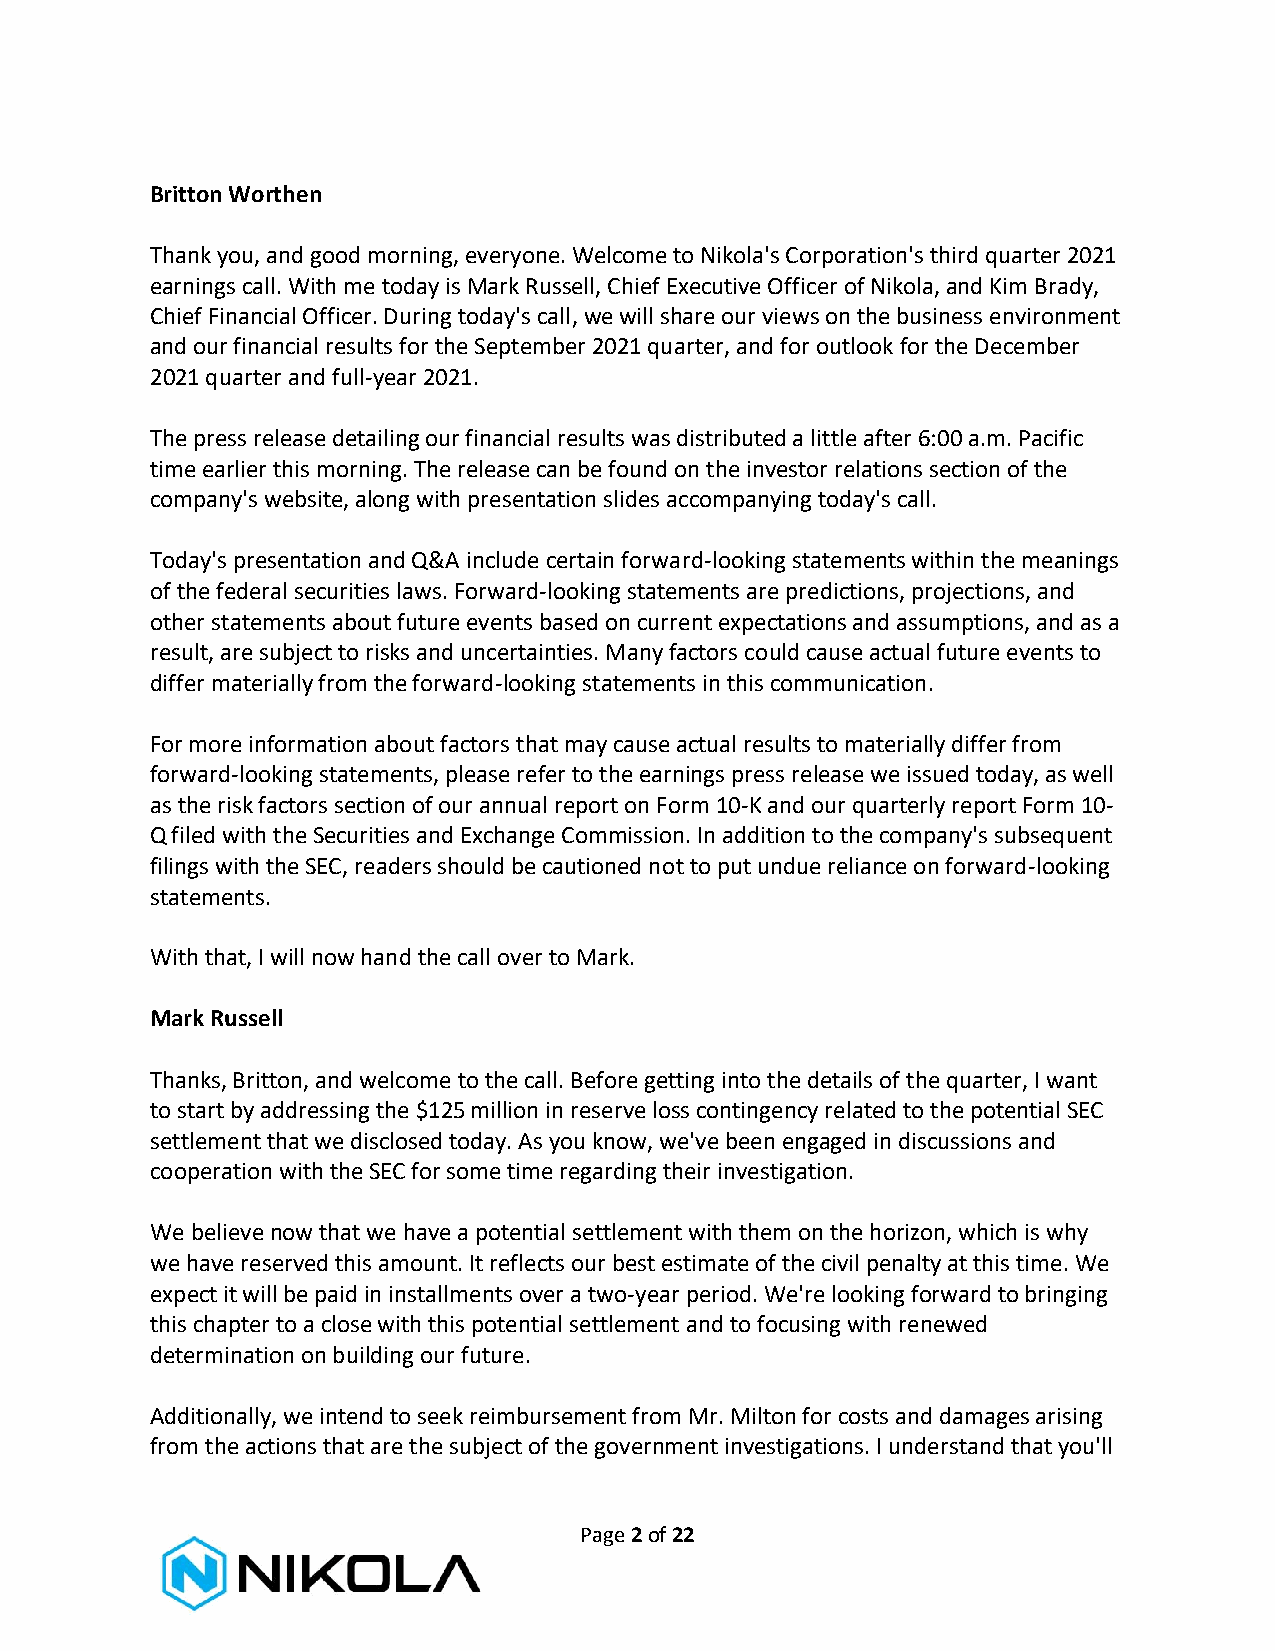
Britton Worthen
 Thank you, and good morning, everyone. Welcome to Nikola's Corporation's third quarter 2021
 earnings call. With me today is Mark Russell, Chief Executive Officer of Nikola, and Kim Brady,
 Chief Financial Officer. During today's call, we will share our views on the business environment
 and our financial results for the September 2021 quarter, and for outlook for the December
 2021 quarter and full-year 2021.
 The press release detailing our financial results was distributed a little after 6:00 a.m. Pacific
 time earlier this morning. The release can be found on the investor relations section of the
 company's website, along with presentation slides accompanying today's call.
 Today's presentation and Q&A include certain forward-looking statements within the meanings
 of the federal securities laws. Forward-looking statements are predictions, projections, and
 other statements about future events based on current expectations and assumptions, and as a
 result, are subject to risks and uncertainties. Many factors could cause actual future events to
 differ materially from the forward-looking statements in this communication.
 For more information about factors that may cause actual results to materially differ from
 forward-looking statements, please refer to the earnings press release we issued today, as well
 as the risk factors section of our annual report on Form 10-K and our quarterly report Form 10-
 Q filed with the Securities and Exchange Commission. In addition to the company's subsequent
 filings with the SEC, readers should be cautioned not to put undue reliance on forward-looking
 statements.
 With that, I will now hand the call over to Mark.
 Mark Russell
 Thanks, Britton, and welcome to the call. Before getting into the details of the quarter, I want
 to start by addressing the $125 million in reserve loss contingency related to the potential SEC
 settlement that we disclosed today. As you know, we've been engaged in discussions and
 cooperation with the SEC for some time regarding their investigation.
 We believe now that we have a potential settlement with them on the horizon, which is why
 we have reserved this amount. It reflects our best estimate of the civil penalty at this time. We
 expect it will be paid in installments over a two-year period. We're looking forward to bringing
 this chapter to a close with this potential settlement and to focusing with renewed
 determination on building our future.
 Additionally, we intend to seek reimbursement from Mr. Milton for costs and damages arising
 from the actions that are the subject of the government investigations. I understand that you'll
 Page 2 of 22